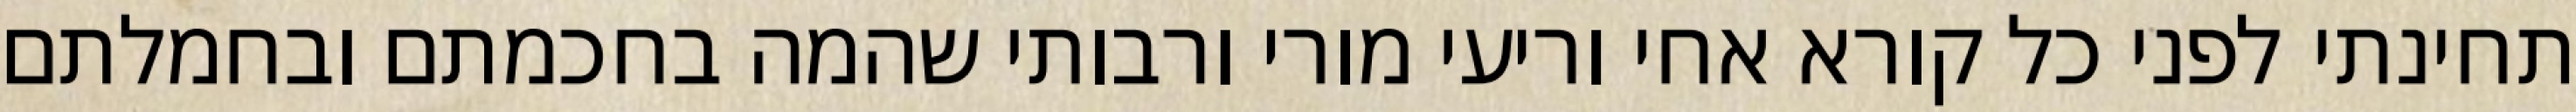
תחינתי לפני כל קורא אחי וריעי מורי ורבותי שהמה בחכמתם ובחמלתם